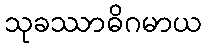
သုခဿာဓိဂမာယ